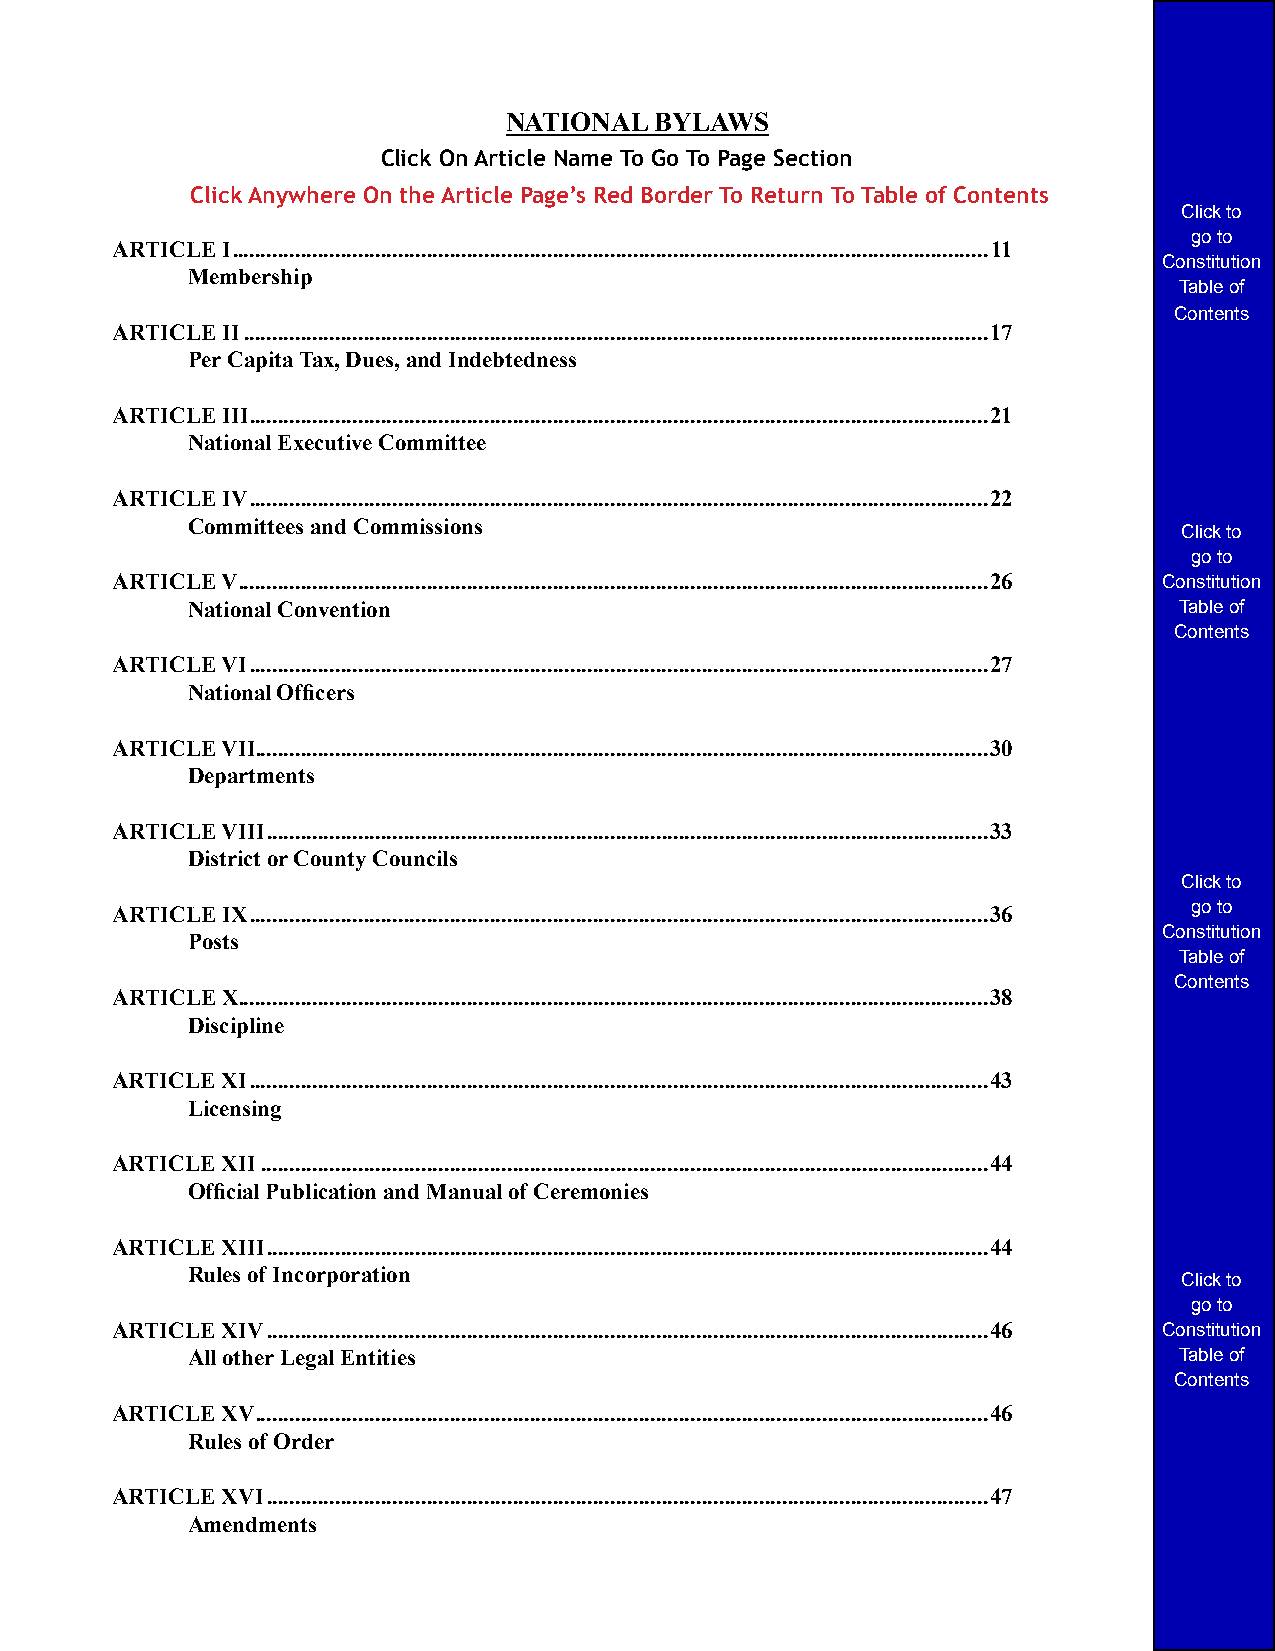
NATIONAL  BYLAWS
 Click On Article Name To Go To Page Section
 Click Anywhere On the Article Page’s Red Border To Return To Table of Contents
 Click to
 go to
 ARTICLE I ....................................................................................................................................11
 Constitution
 Membership
 Table of
 Contents
 ARTICLE II ..................................................................................................................................17
 Per Capita Tax, Dues, and Indebtedness
 ARTICLE III .................................................................................................................................21
 National Executive Committee
 ARTICLE IV .................................................................................................................................22
 Committees and Commissions
 Click to
 go to
 ARTICLE V ...................................................................................................................................26 Constitution
 National Convention                                               Table of
 Contents
 ARTICLE VI .................................................................................................................................27
 National Officers
 ARTICLE VII................................................................................................................................30
 Departments
 ARTICLE VIII ..............................................................................................................................33
 District or County Councils
 Click to
 ARTICLE IX .................................................................................................................................36 go to
 Constitution
 Posts
 Table of
 Contents
 ARTICLE X ...................................................................................................................................38
 Discipline
 ARTICLE XI .................................................................................................................................43
 Licensing
 ARTICLE XII ...............................................................................................................................44
 Official Publication and Manual of Ceremonies
 ARTICLE XIII ..............................................................................................................................44
 Rules of Incorporation
 Click to
 go to
 ARTICLE XIV ..............................................................................................................................46 Constitution
 All other Legal Entities                                          Table of
 Contents
 ARTICLE XV ................................................................................................................................46
 Rules of Order
 ARTICLE XVI ..............................................................................................................................47
 Amendments